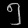
Digit: ၅